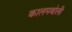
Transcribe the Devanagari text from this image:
कालमबोली